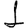
Digit: 1